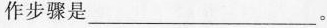
作步骤是___。